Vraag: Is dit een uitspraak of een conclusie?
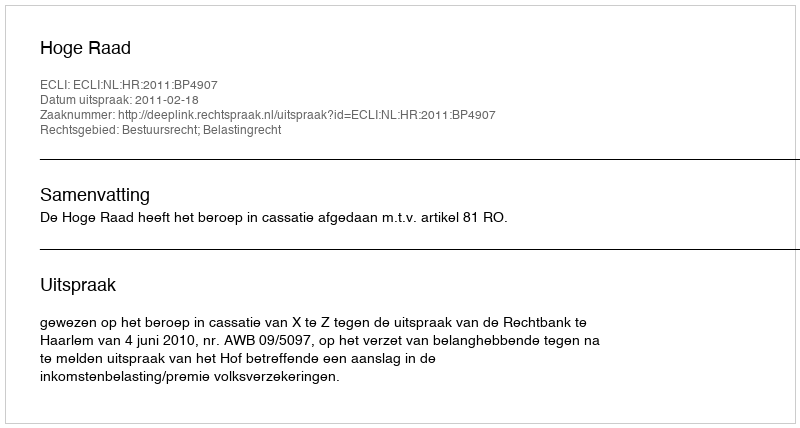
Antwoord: Uitspraak